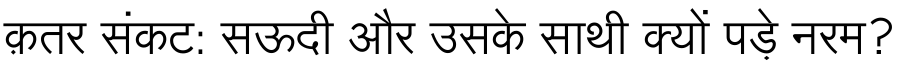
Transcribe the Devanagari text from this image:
क़तर संकट: सऊदी और उसके साथी क्यों पड़े नरम?